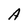
Character: A